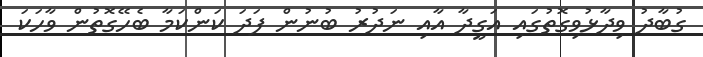
ގުބާދު ވިދާޅުވިގޮތުގައި އަގީދާ އާއި ނަދުރު ބުނުން ފަދަ ކަންކަމާ ބެހޭގޮތުން ވާހަކަ